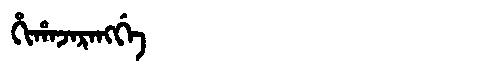
Manchu: ᡥᡳᡥᠠᠵᠠᡵᠠᠩᡤᡝ
Romanization: HIHAJARANGGE